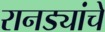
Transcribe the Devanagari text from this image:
रानड्यांचे